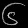
Digit: ၆